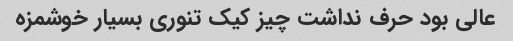
عالی بود حرف نداشت چیز کیک تنوری بسیار خوشمزه